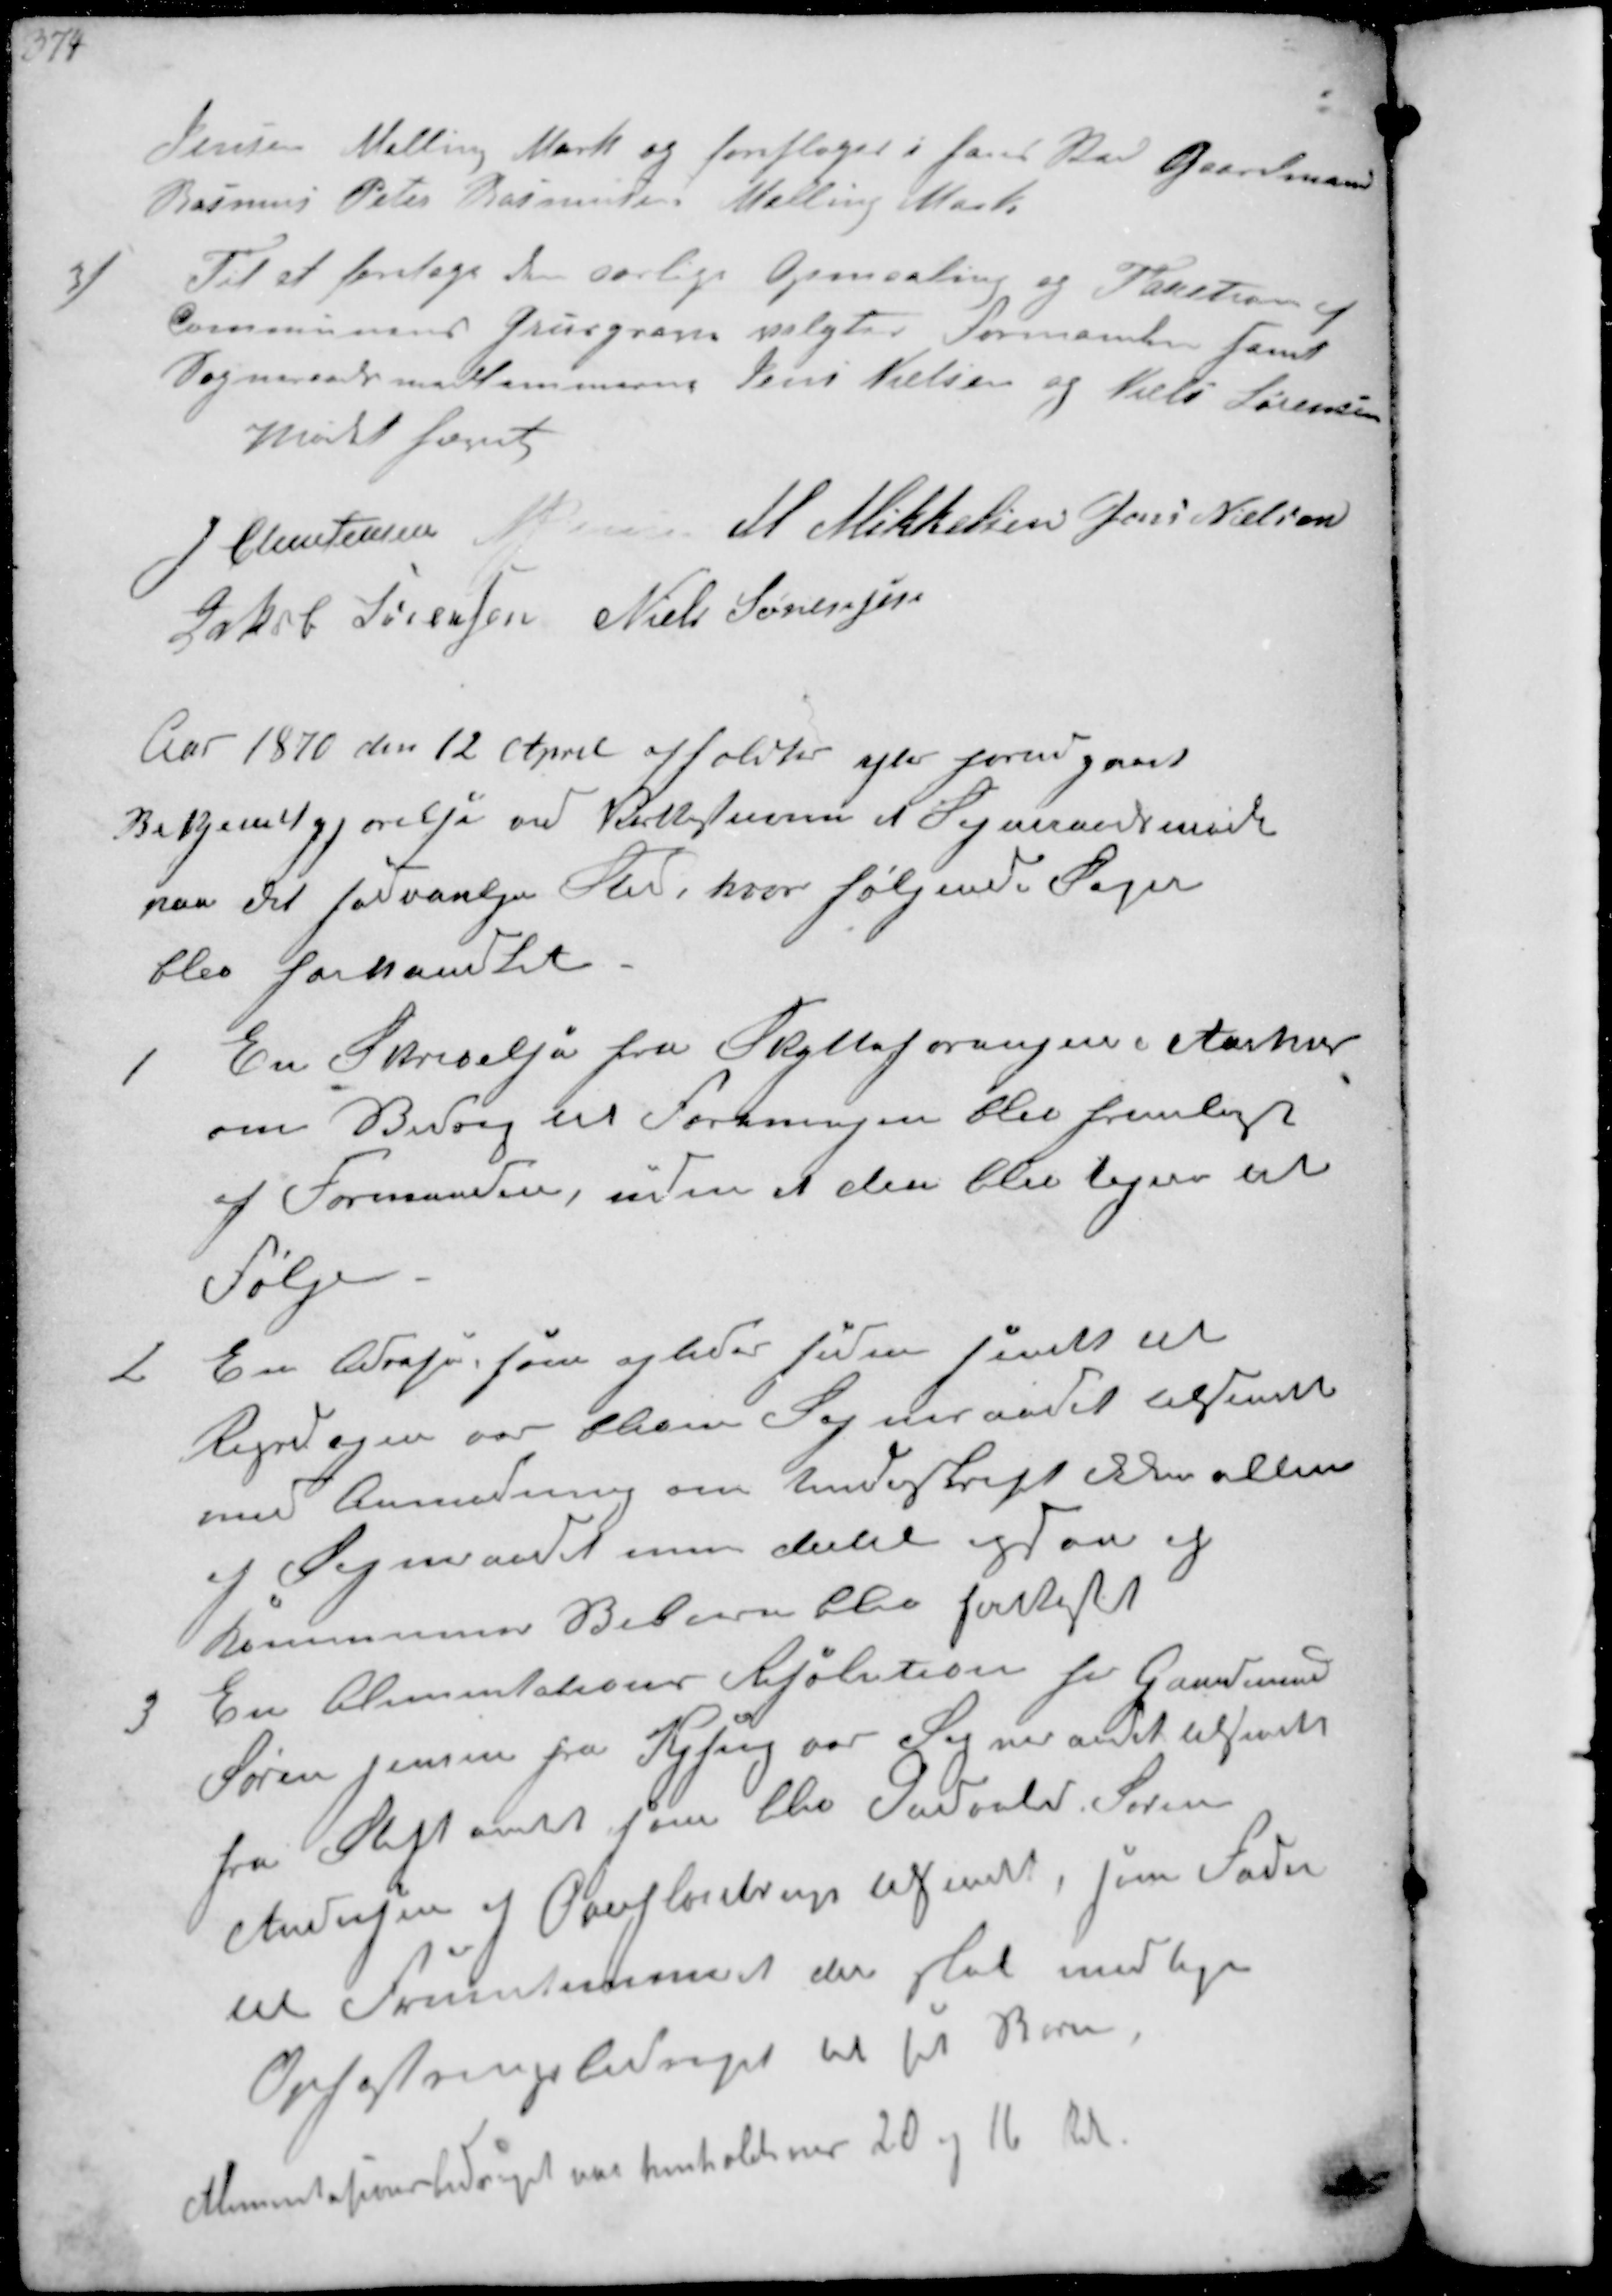
Transskription:
Jensen Malling Mark og foresloges i hans Sted Gaardmand
Rasmus Peter Rasmussen Malling Mark

3
Til at foretage den aarlige Opmaaling og Taxetion af
Communens Grusgrave valgtes Formanden samt
Sogneraadsmedlemmerne Jens Nielsen og Niels Sørensen
Mødet hævet
J Christensen M. Mikkelsen Jens Nielsen
Jakob Sørensen Niels Sørensen

Aar 1870 den 12 April afholdtes efter forudgaaet
Bekjendtgjørelse ved Kirkestævne et Sogneraadsmøde
paa det sædvanlige Sted, hvor følgende Sager
blev forhandlet

1
En Skrivelse fra Skytteforeningen i Aarhus
om Bidrag til Foreningen blev fremlagt
af Formanden, uden at den blev tagen til
Følge

2
En  som og    af
Rigsdagen var bleven Sogneraadet tilsendt
med Anmodning om Underskrift ikke alene
af Sogneraadet men dertil ogsaa af
Kommunens Beboere blev

3
En Alimentations Resolution for Gaardmand
Søren Jensen fra Kysing var Sogneraadet tilsendt
fra Stiftamtet som blev  Søren
Andersen af Overfløjstrup  som Fader
til Fruentimmeret der skal modtage
Opfostringsbidraget til sit Barn
Alimentationsbidraget var henholder 20 og 16 til